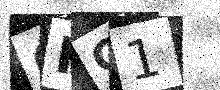
Text: 6RC1